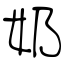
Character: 奶